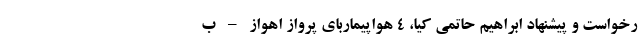
رخواست و پیشنهاد ابراهیم حاتمی کیا، ۴ هواپیماربای پرواز اهواز – ب